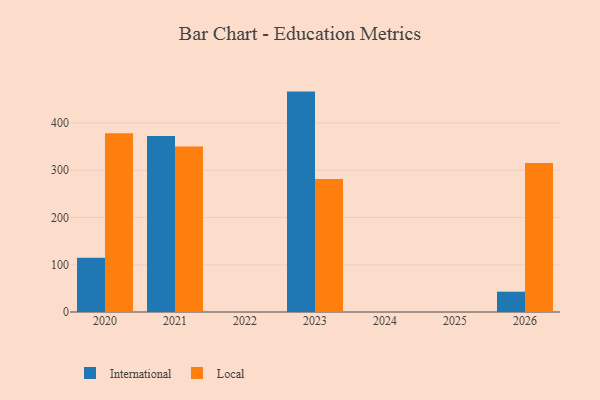
{"axis": {"x": "Year", "y": "Inventory Turnover"}, "legend": ["International", "Local"], "data": [{"x": "2021", "y": 372.5, "type": "International"}, {"x": "2021", "y": 350.6, "type": "Local"}, {"x": "2020", "y": 115.1, "type": "International"}, {"x": "2020", "y": 378.4, "type": "Local"}, {"x": "2026", "y": 43.0, "type": "International"}, {"x": "2026", "y": 315.7, "type": "Local"}, {"x": "2023", "y": 466.6, "type": "International"}, {"x": "2023", "y": 281.8, "type": "Local"}]}